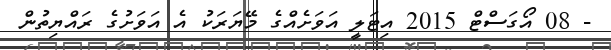
- 08 އޯގަސްޓް 2015 އިޓަލީ އަވަށެއްގެ މޭޔަރަކު އެ އަވަށުގެ ރައްޔިތުން